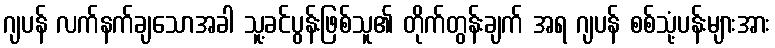
ဂျပန် လက်နက်ချသောအခါ သူ့ခင်ပွန်းဖြစ်သူ၏ တိုက်တွန်းချက် အရ ဂျပန် စစ်သုံ့ပန်းများအား